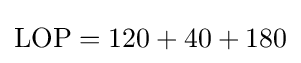
{\mbox{LOP}}=120+40+180